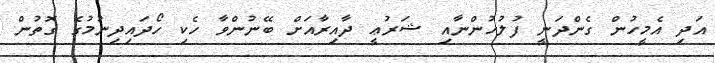
އަދި އެމީހުން ގެންދަނީ ފުލުހުންނާއި ޝަރުޢީ ދާއިރާއަށް ބޭނުންވާ ހެކި ހޯދައިދިނުމުގެ ގޮތުން